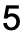
5